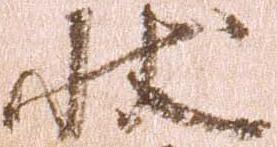
状